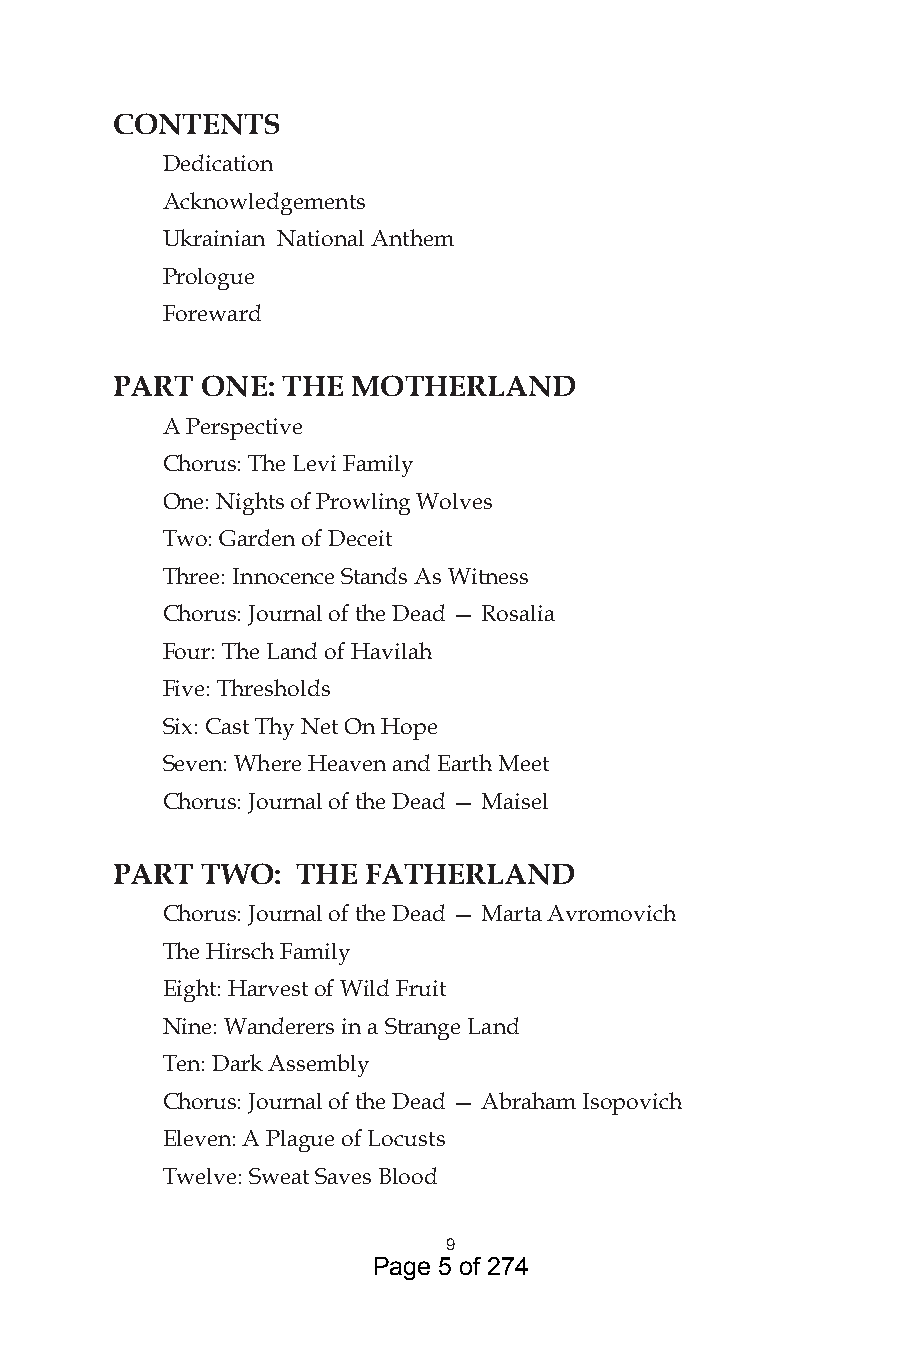
CONTENTS
 Dedication
 Acknowledgements
 Ukrainian National Anthem
 Prologue
 Foreward
 PART  ONE:  THE MOTHERLAND
 A Perspective
 Chorus: The Levi Family
 One: Nights of Prowling Wolves
 Two: Garden of Deceit
 Three: Innocence Stands As Witness
 Chorus: Journal of the Dead — Rosalia
 Four: The Land of Havilah
 Five: Thresholds
 Six: Cast Thy Net On Hope
 Seven: Where Heaven and Earth Meet
 Chorus: Journal of the Dead — Maisel
 PART  TWO:   THE FATHERLAND
 Chorus: Journal of the Dead — Marta Avromovich
 The Hirsch Family
 Eight: Harvest of Wild Fruit
 Nine: Wanderers in a Strange Land
 Ten: Dark Assembly
 Chorus: Journal of the Dead — Abraham Isopovich
 Eleven: A Plague of Locusts
 Twelve: Sweat Saves Blood
 9
 Page 5 of 274